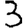
Digit: 3